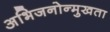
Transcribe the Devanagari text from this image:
अभिजनोन्मुखता